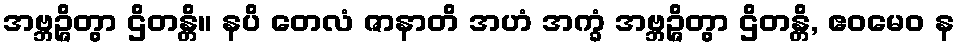
အဗ္ဘဉ္ဇိတွာ ဌိတန္တိ။ နပိ တေလံ ဇာနာတိ အဟံ အက္ခံ အဗ္ဘဉ္ဇိတွာ ဌိတန္တိ, ဧဝမေဝ န